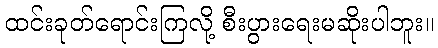
ထင်းခုတ်ရောင်းကြလို့ စီးပွားရေးမဆိုးပါဘူး။